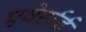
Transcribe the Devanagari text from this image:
एबेर्हार्ड